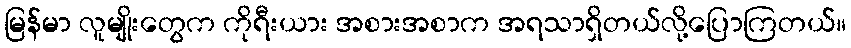
မြန်မာ လူမျိုးတွေက ကိုရီးယား အစားအစာက အရသာရှိတယ်လို့ပြောကြတယ်။